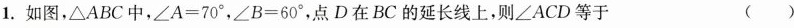
1.如图，△ABC中，$$∠ A = 7 0 °$$，$$∠ B = 6 0 °$$，点D在BC的延长线上，则∠ACD等于 ()